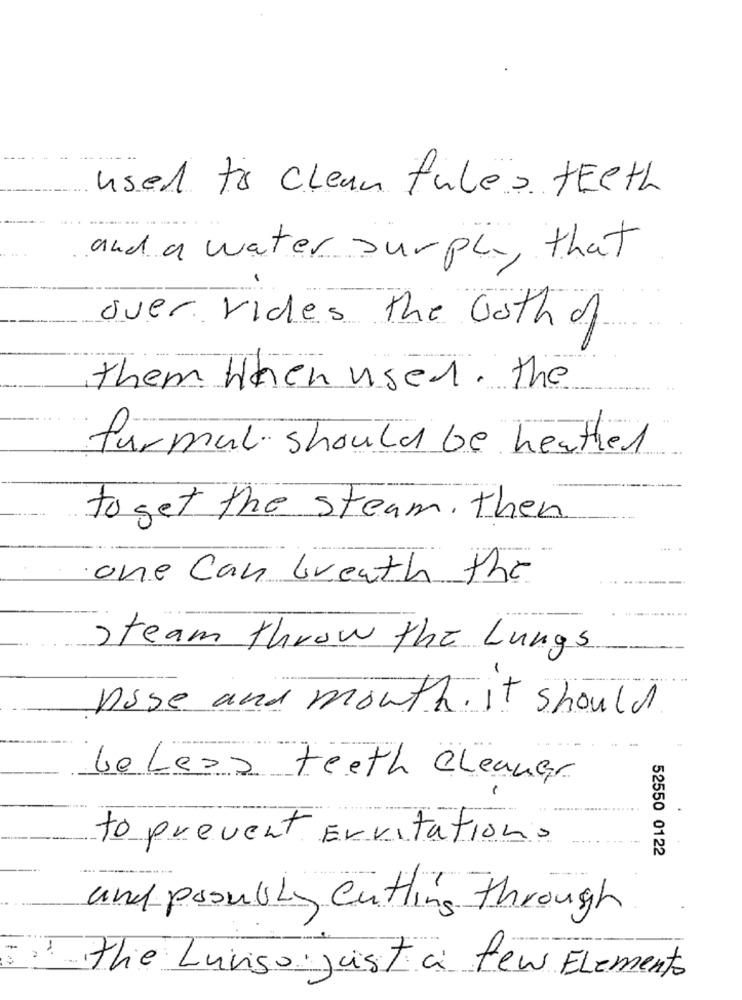
used to clean tules teeth
and a water surphe , that
over rides the both of
them when used. the
furmal should be heather
to get the steam. then
one Can breath the
steam throw the Lungs
Pose and mouth. it should
beleas teeth Cleaner
to prevent Ervitations
52550 0122
and posully cutting through
" The Luviso just a few Elemento